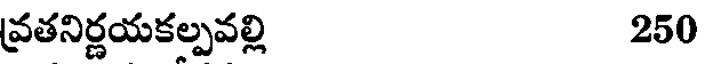
వ్రతనిర్ణయకల్పవల్లి 250